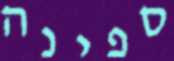
ספינה